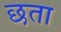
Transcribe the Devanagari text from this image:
छता